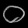
Digit: ၀